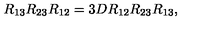
R _ { 1 3 } R _ { 2 3 } R _ { 1 2 } = 3 D R _ { 1 2 } R _ { 2 3 } R _ { 1 3 } ,